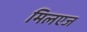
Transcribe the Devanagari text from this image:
मिलएज